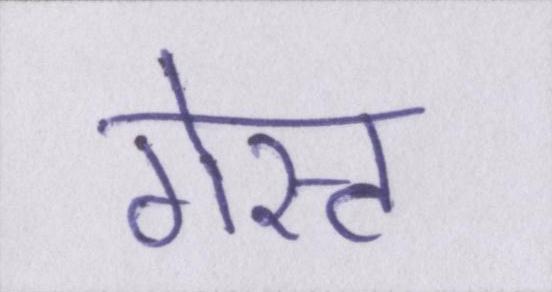
गेस्ट